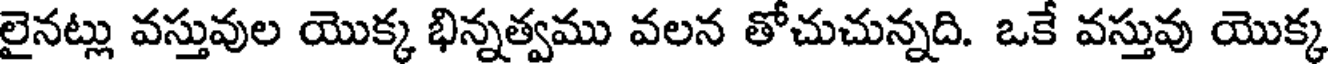
లైనట్లు వస్తువుల యొక్క భిన్నత్వము వలన తోచుచున్నది. ఒకే వస్తువు యొక్క